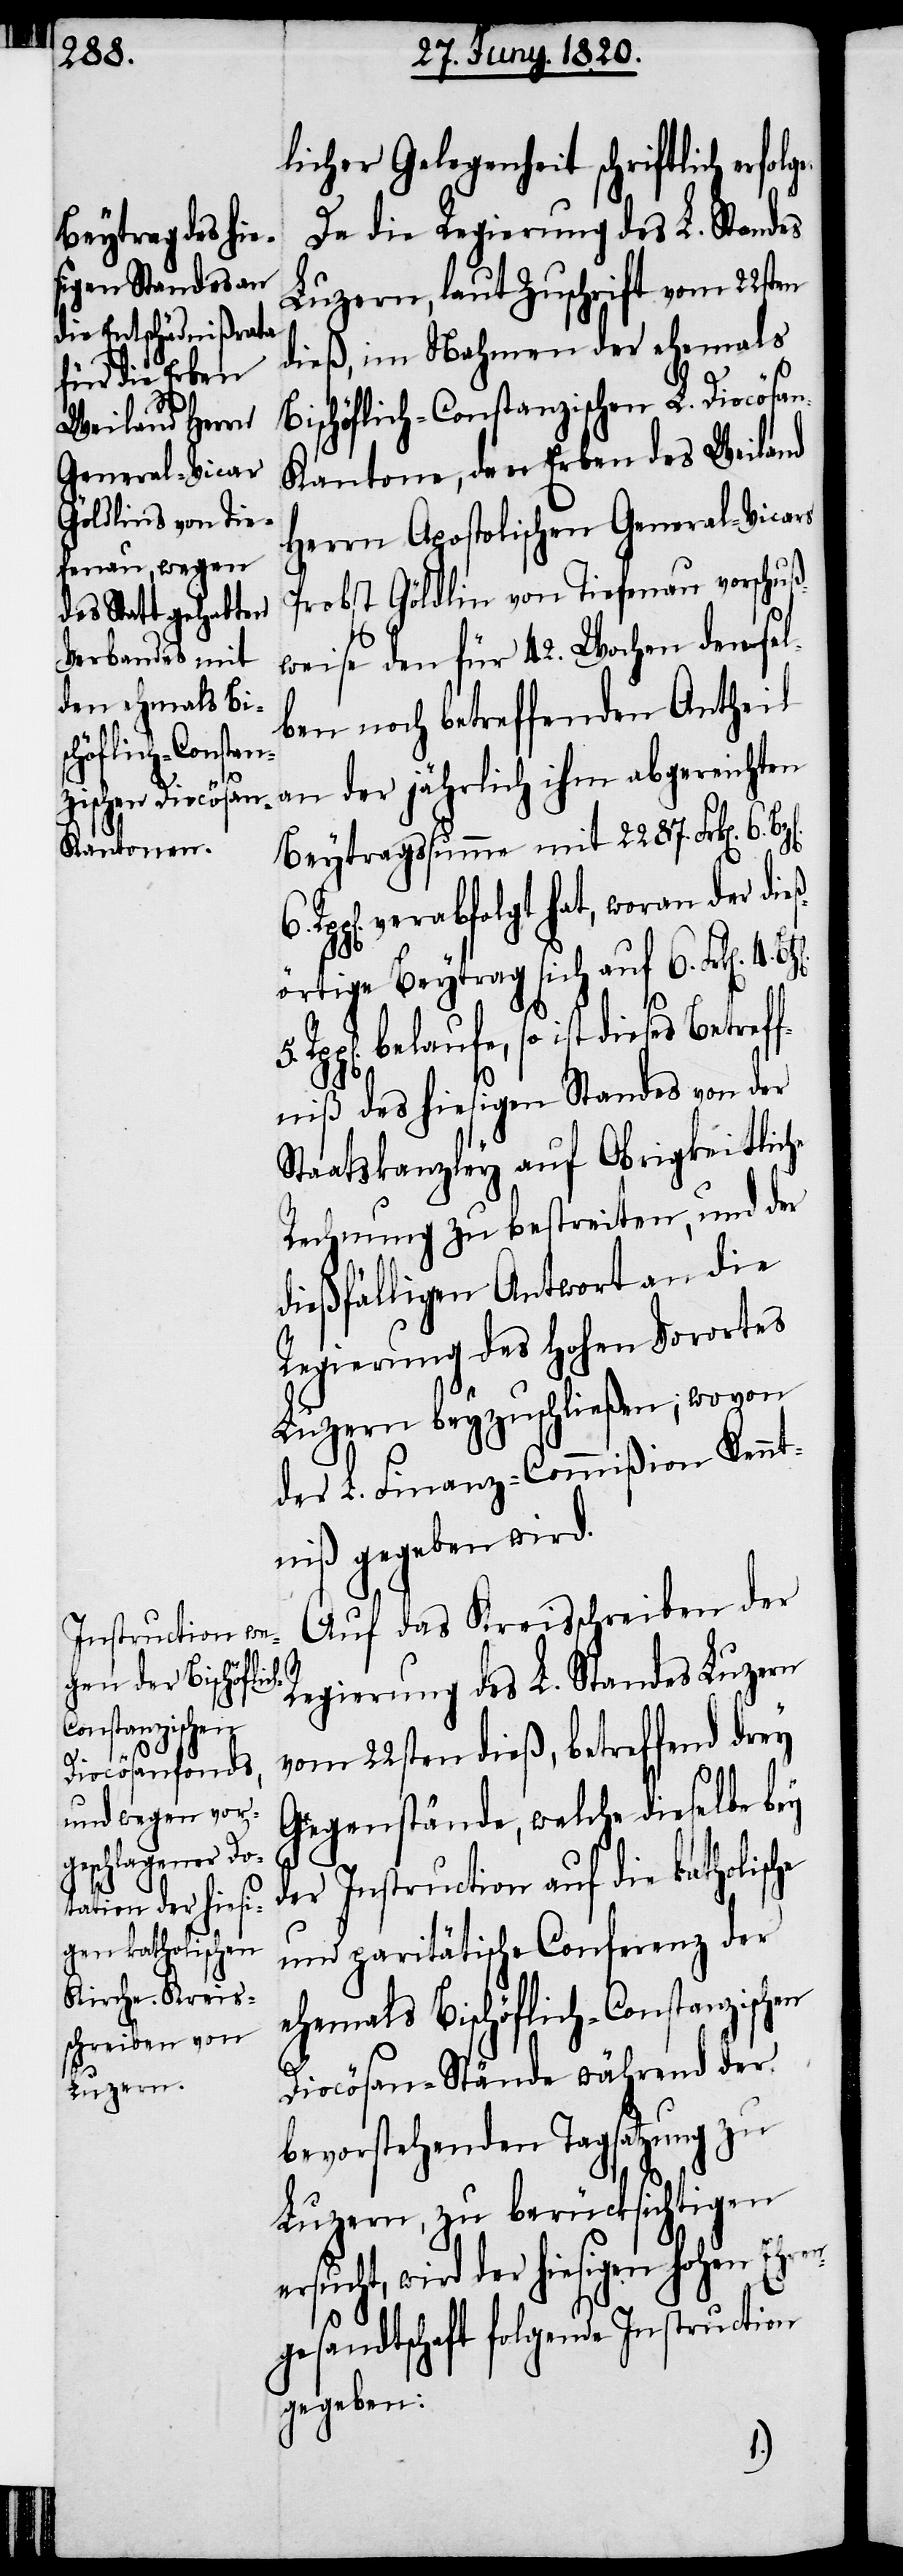
hohen Ehren¬
he

licher Gelegenheit schriftlich erf¬
Da die Regierung des L. Standes
Luzern, laut Zuschrift vom 22sten
dieß, im Nahmen der ehemals
Bischöflich-Constanzischen L. Diocöse¬
n-Kantone, den Erben des Weiland
Herrn Apostolischen General-Vicars
Probst Göldlin von Tiefenau vorschuß¬
weise den für 42. Wochen densel¬
ben noch betreffenden Antheil
an der jährlich ihm abgereichten
Beytragssumme mit 2287. Frk[en]. 6.
verabfolgt hat, woran der di¬
eßörtige Beytrag sich auf 6. Frk[en].
belaufe, so ist dieses Betref¬
fniß des hiesigen Standes von der
Staatskanzley auf Obrigkeitliche
Rechnung zu bestreiten, und der
dießfälligen Antwort an die
Regierung des hohen Vorortes
Luzern beyzuschließen, wovon
der L. Finanz-Commißion Kennt¬
niß gegeben wird.
Auf das Kreisschreiben der
Regierung des L. Standes Luzern
vom 22sten dieß, betreffend drey
Gegenstände, welche dieselbe bey
der Instruction auf die katholisc¬
und paritätische Conferenz der
ehemals Bischöflich-Constanzischen
Diocösen-Stände während der
bevorstehenden Tagsatzung zu
Luzern, zu berücksichtigen
gesandtschaft folgende Instruction
gegeben:
5.